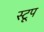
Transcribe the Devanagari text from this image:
स्टूप